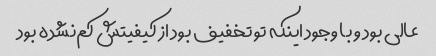
عالی بود و با وجود اینکه تو تخفیف بود از کیفیتش کم‌نشده بود